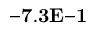
{ \bf - 7 . 3 E { - 1 } }